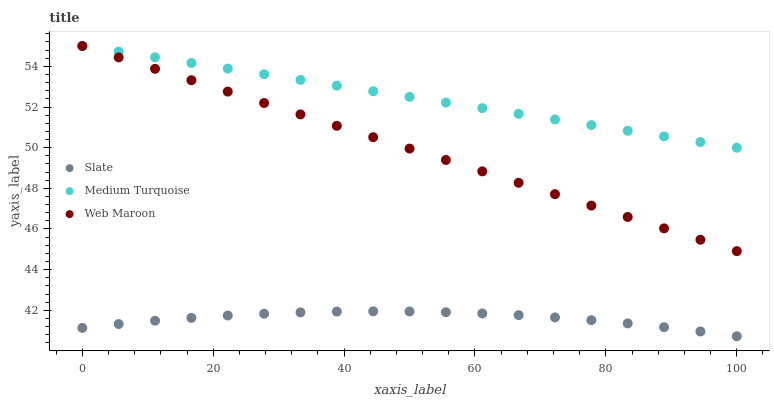
| xaxis_label | Slate | Medium Turquoise | Web Maroon |
 | --- | --- | --- | --- |
 | 0 | 41.1 | 55 | 55 |
 | 5.56 | 41.3 | 54.7 | 54.4 |
 | 11.1 | 41.5 | 54.4 | 53.9 |
 | 16.7 | 41.6 | 54.2 | 53.3 |
 | 22.2 | 41.7 | 53.9 | 52.8 |
 | 27.8 | 41.8 | 53.6 | 52.2 |
 | 33.3 | 41.9 | 53.3 | 51.6 |
 | 38.9 | 41.9 | 53.1 | 51.1 |
 | 44.4 | 42 | 52.8 | 50.5 |
 | 50 | 41.9 | 52.5 | 50 |
 | 55.6 | 41.9 | 52.2 | 49.4 |
 | 61.1 | 41.8 | 51.9 | 48.8 |
 | 66.7 | 41.8 | 51.7 | 48.3 |
 | 72.2 | 41.7 | 51.4 | 47.7 |
 | 77.8 | 41.5 | 51.1 | 47.2 |
 | 83.3 | 41.4 | 50.8 | 46.6 |
 | 88.9 | 41.2 | 50.6 | 46 |
 | 94.4 | 41 | 50.3 | 45.5 |
 | 100 | 40.7 | 50 | 44.9 |